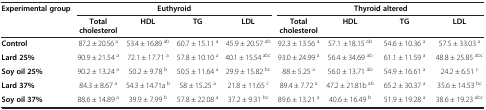
<table><thead><tr><td><b>Experimental group</b></td><td colspan="4"><b>Euthyroid</b></td><td colspan="4"><b>Thyroid altered</b></td></tr><tr><td><b> </b></td><td><b>Total cholesterol</b></td><td><b>HDL</b></td><td><b>TG</b></td><td><b>LDL</b></td><td><b>Total cholesterol</b></td><td><b>HDL</b></td><td><b>TG</b></td><td><b>LDL</b></td></tr></thead><tbody><tr><td><b>Control</b></td><td>87.2 ± 20.56 <sup>a</sup></td><td>53.4 ± 16.89 <sup>ab</sup></td><td>60.7 ± 15.11 <sup>a</sup></td><td>45.9 ± 20.57 <sup>ab</sup></td><td>92.3 ± 13.56 <sup>a</sup></td><td>57.1 ±18.15 <sup>ab</sup></td><td>54.6 ± 10.36 <sup>a</sup></td><td>57.5 ± 33.03 <sup>a</sup></td></tr><tr><td><b>Lard 25%</b></td><td>90.9 ± 21.54 <sup>a</sup></td><td>72.1 ± 17.71 <sup>a</sup></td><td>57.8 ± 10.10 <sup>a</sup></td><td>40.1 ± 15.54 <sup>abc</sup></td><td>93.0 ± 24.99 <sup>a</sup></td><td>56.4 ± 34.69 <sup>ab</sup></td><td>61.1 ± 11.59 <sup>a</sup></td><td>48.8 ± 25.85 <sup>abc</sup></td></tr><tr><td><b>Soy oil 25%</b></td><td>90.2 ± 13.24 <sup>a</sup></td><td>50.2 ± 9.78 <sup>b</sup></td><td>50.5 ± 11.64 <sup>a</sup></td><td>29.9 ± 15.82 <sup>bc</sup></td><td>88 ± 5.25 <sup>a</sup></td><td>56.0 ± 13.71 <sup>ab</sup></td><td>54.9 ± 16.61 <sup>a</sup></td><td>24.2 ± 6.51 <sup>c</sup></td></tr><tr><td><b>Lard 37%</b></td><td>84.3 ± 8.67 <sup>a</sup></td><td>54.3 ± 14.71a <sup>b</sup></td><td>58 ± 15.25 <sup>a</sup></td><td>21.8 ± 11.65 <sup>c</sup></td><td>89.4 ± 7.72 <sup>a</sup></td><td>47.2 ± 21.81b <sup>ab</sup></td><td>65.2 ± 30.37 <sup>a</sup></td><td>35.6 ± 14.53 <sup>bc</sup></td></tr><tr><td><b>Soy oil 37%</b></td><td>88.6 ± 14.89 <sup>a</sup></td><td>39.9 ± 7.99 <sup>b</sup></td><td>57.8 ± 22.08 <sup>a</sup></td><td>37.2 ± 9.31 <sup>bc</sup></td><td>89.6 ± 13.21 <sup>a</sup></td><td>40.6 ± 16.49 <sup>b</sup></td><td>51.9 ± 19.28 <sup>a</sup></td><td>38.6 ± 19.23 <sup>abc</sup></td></tr></tbody></table>